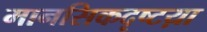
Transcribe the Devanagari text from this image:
मानसिकदृष्टय़ा